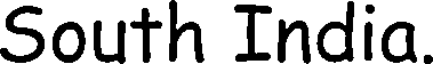
South India